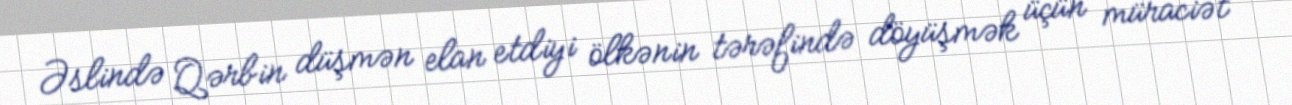
Əslində Qərbin düşmən elan etdiyi ölkənin tərəfində döyüşmək üçün müraciət